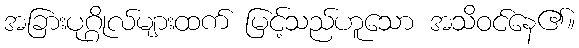
အခြားပုဂ္ဂိုလ်များထက် မြင့်သည်ဟူသော အသိဝင်နေ၏။